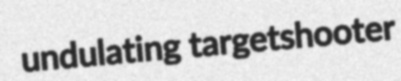
undulating targetshooter